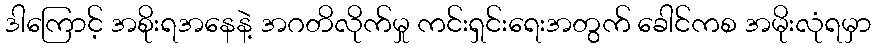
ဒါကြောင့် အစိုးရအနေနဲ့ အဂတိလိုက်မှု ကင်းရှင်းရေးအတွက် ခေါင်ကစ အမိုးလုံရမှာ